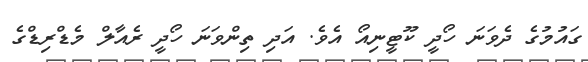
ގައުމުގެ ދެވަނަ ހޯދީ ކޫޓީނިއޯ އެވެ. އަދި ތިންވަނަ ހޯދީ ރެއާލް މެޑްރިޑްގެ